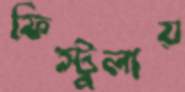
ফিস্টুলায়